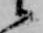
候